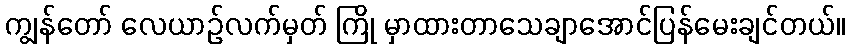
ကျွန်တော် လေယာဉ်လက်မှတ် ကြို မှာထားတာသေချာအောင်ပြန်မေးချင်တယ်။